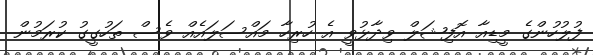
ފުލުހުންގެ މީޑިއާ އޮފިޝަލް ވިދާޅުވީ އެ ހުރިހާ މައްސަލައެއް ވެސް ތަހުގީގު ކުރަމުން